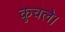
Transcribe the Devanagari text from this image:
कुचले।